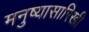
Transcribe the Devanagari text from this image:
मनुष्यासारिखी